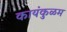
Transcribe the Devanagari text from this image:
कायंकुळम